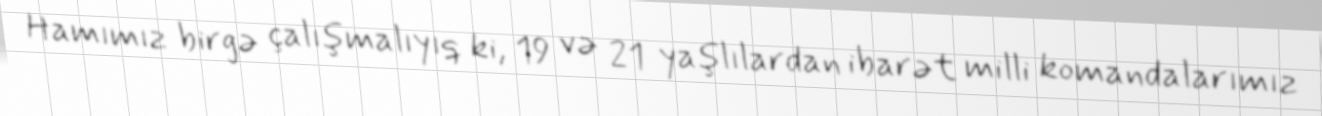
Hamımız birgə çalışmalıyıq ki, 19 və 21 yaşlılardan ibarət milli komandalarımız